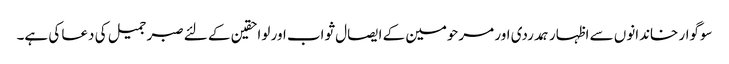
سوگوار خاندانوں سے اظہار ہمدردی اور مرحومین کے ایصال ثواب اور لواحقین کے لئے صبر جمیل کی دعا کی ہے۔